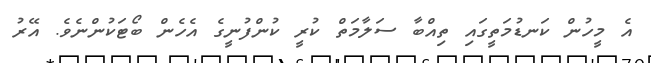
އެ މީހުން ކަނޑުމަތީގައި ތިއްބާ ސަލާމަތް ކުރީ ކުންފުނީގެ އެހެން ބޯޓަކުންނެވެ. އޭރު